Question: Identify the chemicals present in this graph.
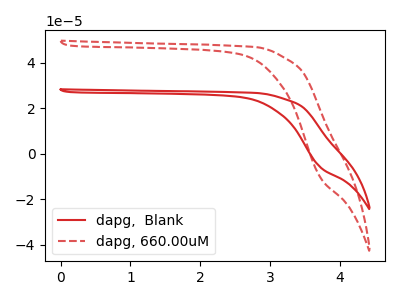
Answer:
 <answer>The red curve is labeled "dapg,  Blank". The red dashed curve is labeled "dapg, 660.00uM".</answer>
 <eval></eval>